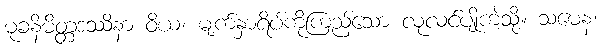
မုခနိမိတ္တဒဿိနာ ဝိယ၊ မျက်နှာရိပ်ကိုကြည့်သော လုလင်ပျိုကဲ့သို့။ သမေန၊